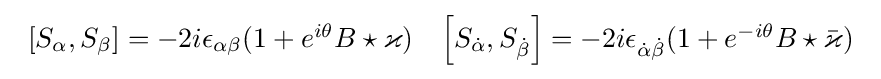
{\begin{array}{ll}\left[S_{\alpha },S_{\beta }\right]=-2i\epsilon _{\alpha \beta }(1+e^{i\theta }B\star \varkappa )&\left[S_{\dot {\alpha }},S_{\dot {\beta }}\right]=-2i\epsilon _{{\dot {\alpha }}{\dot {\beta }}}(1+e^{-i\theta }B\star {\bar {\varkappa }})\end{array}}